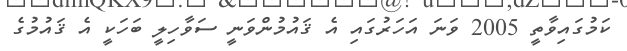
ކަމުގައިވާތީ 2005 ވަނަ އަހަރުގައި އެ ޤައުމުންވަނީ ސަވާހިލީ ބަހަކީ އެ ޤައުމުގެ